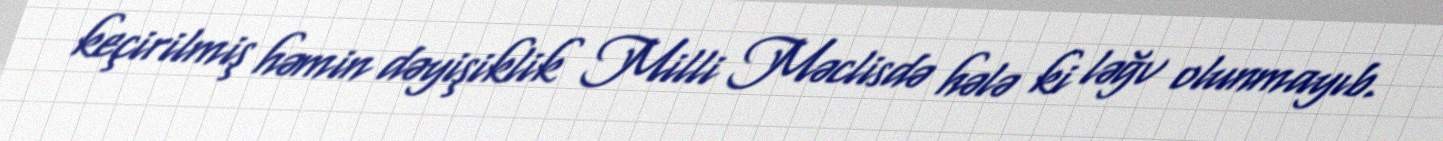
keçirilmiş həmin dəyişiklik Milli Məclisdə hələ ki ləğv olunmayıb.